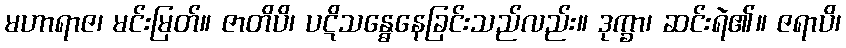
မဟာရာဇ၊ မင်းမြတ်။ ဇာတိပိ၊ ပဋိသန္ဓေနေခြင်းသည်လည်း။ ဒုက္ခာ၊ ဆင်းရဲ၏။ ဇရာပိ၊